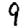
Digit: 9